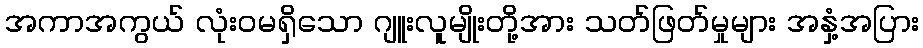
အကာအကွယ် လုံးဝမရှိသော ဂျူးလူမျိုးတို့အား သတ်ဖြတ်မှုများ အနှံ့အပြား